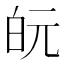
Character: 𭽋